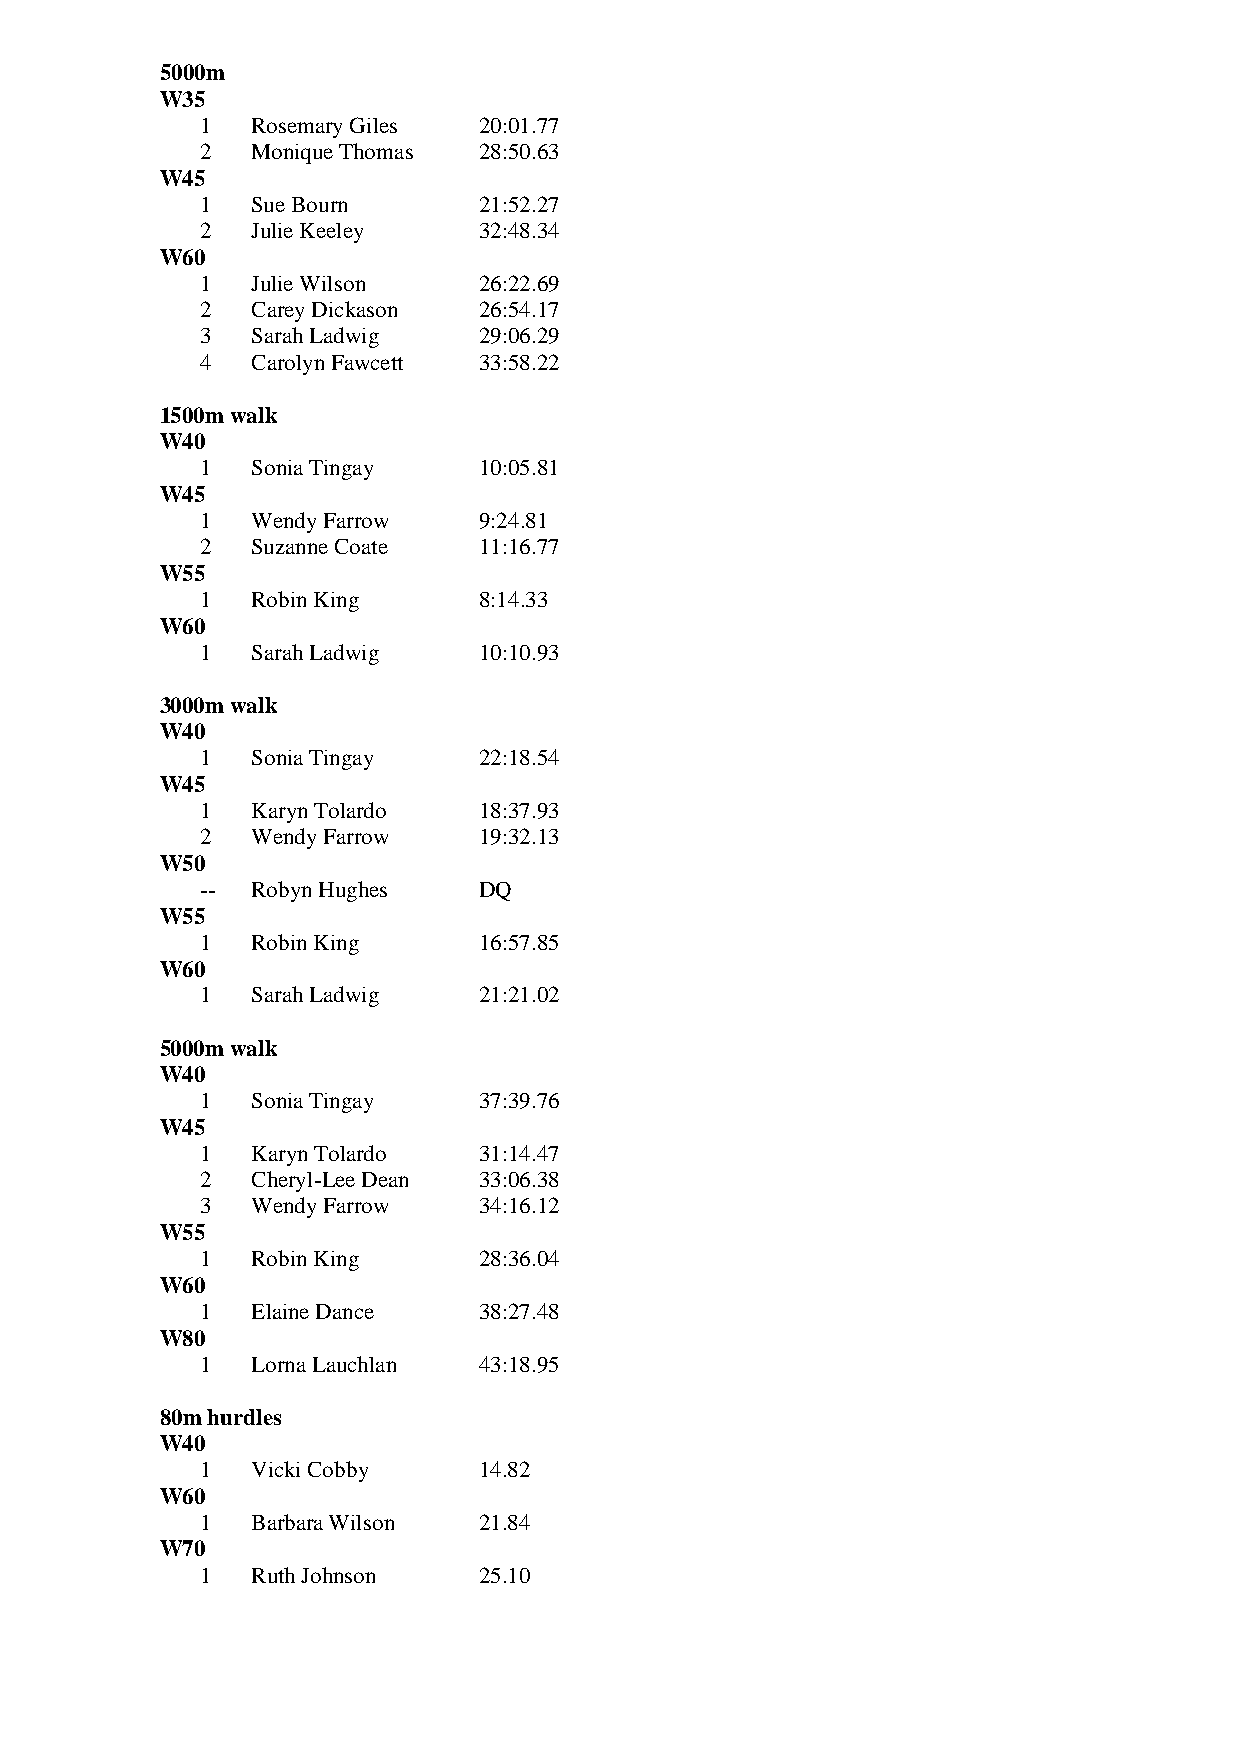
5000m
 W35
 1   Rosemary Giles 20:01.77
 2   Monique Thomas 28:50.63
 W45
 1   Sue Bourn      21:52.27
 2   Julie Keeley   32:48.34
 W60
 1   Julie Wilson   26:22.69
 2   Carey Dickason 26:54.17
 3   Sarah Ladwig   29:06.29
 4   Carolyn Fawcett 33:58.22
 1500m walk
 W40
 1   Sonia Tingay   10:05.81
 W45
 1   Wendy Farrow   9:24.81
 2   Suzanne Coate  11:16.77
 W55
 1   Robin King     8:14.33
 W60
 1   Sarah Ladwig   10:10.93
 3000m walk
 W40
 1   Sonia Tingay   22:18.54
 W45
 1   Karyn Tolardo  18:37.93
 2   Wendy Farrow   19:32.13
 W50
 --  Robyn Hughes   DQ
 W55
 1   Robin King     16:57.85
 W60
 1   Sarah Ladwig   21:21.02
 5000m walk
 W40
 1   Sonia Tingay   37:39.76
 W45
 1   Karyn Tolardo  31:14.47
 2   Cheryl-Lee Dean 33:06.38
 3   Wendy Farrow   34:16.12
 W55
 1   Robin King     28:36.04
 W60
 1   Elaine Dance   38:27.48
 W80
 1   Lorna Lauchlan 43:18.95
 80m hurdles
 W40
 1   Vicki Cobby    14.82
 W60
 1   Barbara Wilson 21.84
 W70
 1   Ruth Johnson   25.10